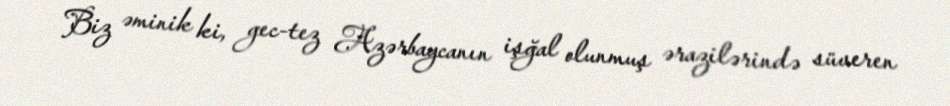
Biz əminik ki, gec-tez Azərbaycanın işğal olunmuş ərazilərində süveren